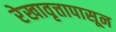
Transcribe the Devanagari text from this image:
रेखावृत्तापासून